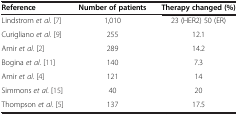
<table><thead><tr><td><b>Reference</b></td><td><b>Number of patients</b></td><td><b>Therapy changed (%)</b></td></tr></thead><tbody><tr><td>Lindstrom <i>et al</i>. [7]</td><td>1,010</td><td>23 (HER2) 50 (ER)</td></tr><tr><td>Curigliano <i>et al</i>. [9]</td><td>255</td><td>12.1</td></tr><tr><td>Amir <i>et al</i>. [2]</td><td>289</td><td>14.2</td></tr><tr><td>Bogina <i>et al</i>. [11]</td><td>140</td><td>7.3</td></tr><tr><td>Amir <i>et al</i>. [4]</td><td>121</td><td>14</td></tr><tr><td>Simmons <i>et al</i>. [15]</td><td>40</td><td>20</td></tr><tr><td>Thompson <i>et al</i>. [5]</td><td>137</td><td>17.5</td></tr></tbody></table>